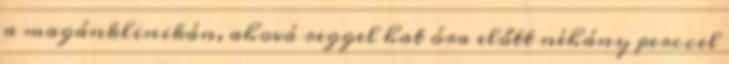
a magánklinikán, ahová reggel hat óra előtt néhány perccel